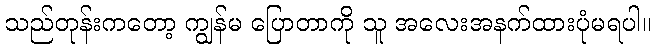
သည်တုန်းကတော့ ကျွန်မ ပြောတာကို သူ အလေးအနက်ထားပုံမရပါ။